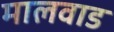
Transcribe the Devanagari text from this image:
मालवाड